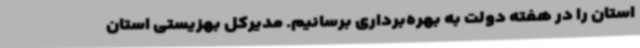
استان را در هفته دولت به بهره‌برداری برسانیم. مدیرکل بهزیستی استان